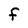
Character: F